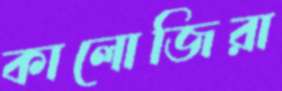
কালোজিরা